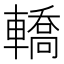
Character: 轎